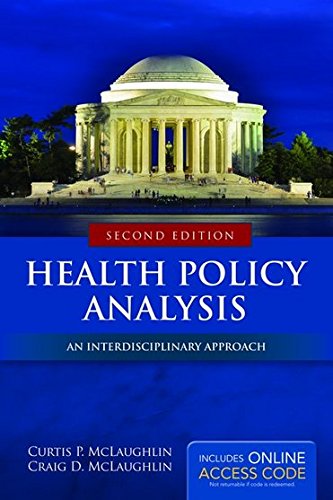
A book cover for Health Policy Analysis: An Interdisciplinary Approach; Curtis P. McLaughlin; Medical Books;